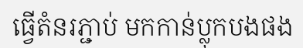
ធ្វើតំនរភ្ជាប់ មកកាន់ប្លុកបងផង